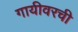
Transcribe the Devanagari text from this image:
गायीवरची